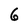
Character: 6